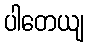
ပါတေယျ